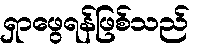
ရှာဖွေရန်ဖြစ်သည်